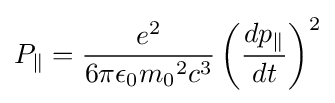
P_{\parallel }={\frac {e^{2}}{6\pi \epsilon _{0}{m_{0}}^{2}c^{3}}}\left({\frac {dp_{\parallel }}{dt}}\right)^{2}